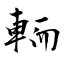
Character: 輀